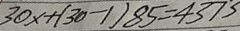
3 0 x + ( 3 0 - 1 ) 8 5 = 4 3 7 3